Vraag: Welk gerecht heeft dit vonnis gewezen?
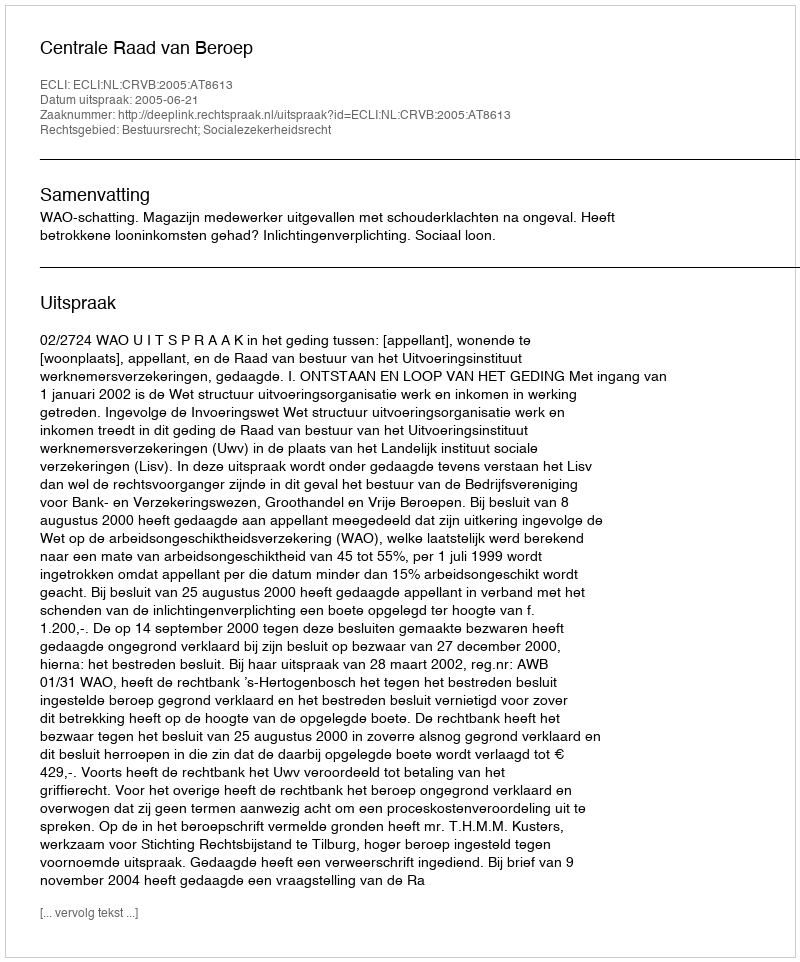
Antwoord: Centrale Raad van Beroep